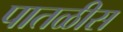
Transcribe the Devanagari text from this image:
पातळीस